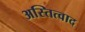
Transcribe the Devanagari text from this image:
अस्तित्वाद